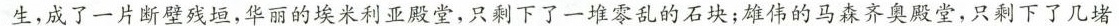
生，成了一片断壁残垣，华丽的埃米利亚殿堂，只剩下了一堆零乱的石块；雄伟的马森齐奥殿堂，只剩下了几堵